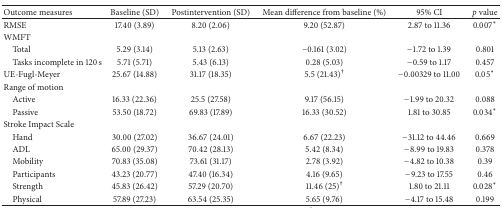
<table><thead><tr><td><b>Outcome measures</b></td><td><b>Baseline (SD)</b></td><td><b>Postintervention (SD)</b></td><td><b>Mean difference from baseline (%)</b></td><td><b>95% CI</b></td><td><b><i>p</i> value</b></td></tr></thead><tbody><tr><td>RMSE</td><td>17.40 (3.89)</td><td>8.20 (2.06)</td><td>9.20 (52.87)</td><td>2.87 to 11.36</td><td>0.007<sup><i>∗</i></sup></td></tr><tr><td>WMFT</td><td> </td><td> </td><td> </td><td> </td><td> </td></tr><tr><td> Total</td><td>5.29 (3.14)</td><td>5.13 (2.63)</td><td>−0.161 (3.02)</td><td>−1.72 to 1.39</td><td>0.801</td></tr><tr><td> Tasks incomplete in 120 s</td><td>5.71 (5.71)</td><td>5.43 (6.13)</td><td>0.28 (5.03)</td><td>−0.59 to 1.17</td><td>0.457</td></tr><tr><td>UE-Fugl-Meyer</td><td>25.67 (14.88)</td><td>31.17 (18.35)</td><td>5.5 (21.43)<sup>†</sup></td><td>−0.00329 to 11.00</td><td>0.05<sup><i>∗</i></sup></td></tr><tr><td>Range of motion</td><td> </td><td> </td><td> </td><td> </td><td> </td></tr><tr><td> Active</td><td>16.33 (22.36)</td><td>25.5 (27.58)</td><td>9.17 (56.15)</td><td>−1.99 to 20.32</td><td>0.088</td></tr><tr><td> Passive</td><td>53.50 (18.72)</td><td>69.83 (17.89)</td><td>16.33 (30.52)</td><td>1.81 to 30.85</td><td>0.034<sup><i>∗</i></sup></td></tr><tr><td>Stroke Impact Scale</td><td> </td><td> </td><td> </td><td> </td><td> </td></tr><tr><td> Hand</td><td>30.00 (27.02)</td><td>36.67 (24.01)</td><td>6.67 (22.23)</td><td>−31.12 to 44.46</td><td>0.669</td></tr><tr><td> ADL</td><td>65.00 (29.37)</td><td>70.42 (28.13)</td><td>5.42 (8.34)</td><td>−8.99 to 19.83</td><td>0.378</td></tr><tr><td> Mobility</td><td>70.83 (35.08)</td><td>73.61 (31.17)</td><td>2.78 (3.92)</td><td>−4.82 to 10.38</td><td>0.39</td></tr><tr><td> Participants</td><td>43.23 (20.77)</td><td>47.40 (16.34)</td><td>4.16 (9.65)</td><td>−9.23 to 17.55</td><td>0.46</td></tr><tr><td> Strength</td><td>45.83 (26.42)</td><td>57.29 (20.70)</td><td>11.46 (25)<sup>†</sup></td><td>1.80 to 21.11</td><td>0.028<sup><i>∗</i></sup></td></tr><tr><td> Physical </td><td>57.89 (27.23)</td><td>63.54 (25.35)</td><td>5.65 (9.76)</td><td>−4.17 to 15.48</td><td>0.199</td></tr></tbody></table>